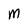
Character: M